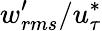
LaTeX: w_{rms}^{\prime}/u_{\tau}^{*}